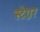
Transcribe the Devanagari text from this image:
स्टेग्नर